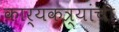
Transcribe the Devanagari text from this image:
कार्यकत्र्यांची